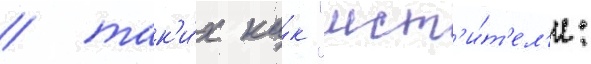
/ так'и́х ка́к "мст'и́т'ел'и: